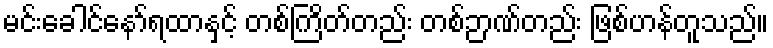
မင်းခေါင်နော်ရထာနှင့် တစ်ကြိတ်တည်း တစ်ဉာဏ်တည်း ဖြစ်ဟန်တူသည်။